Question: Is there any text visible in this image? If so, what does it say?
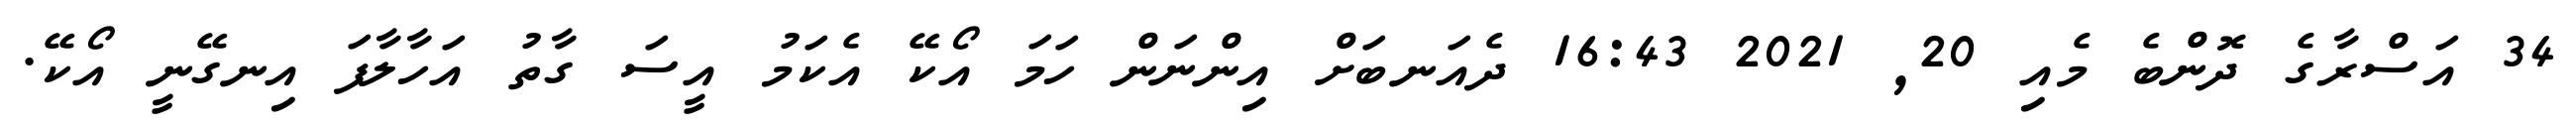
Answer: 34 އަސްރާގެ ދޮންބެ މެއި 20, 2021 16:43 ދެއަނބަށް އިންނަން ހަމަ އޯކޭ އެކަމު އީސަ ގާތު އަހާލާފަ އިނގޭނީ އޯކޭ.